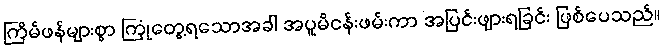
ကြိမ်ဖန်များစွာ ကြုံတွေ့ရသောအခါ အပူမိငန်းဖမ်းကာ အပြင်းဖျားရခြင်း ဖြစ်ပေသည်။